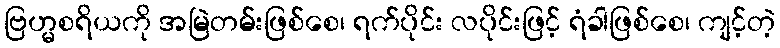
ဗြဟ္မစရိယကို အမြဲတမ်းဖြစ်စေ၊ ရက်ပိုင်း လပိုင်းဖြင့် ရံခါဖြစ်စေ၊ ကျင့်တဲ့